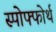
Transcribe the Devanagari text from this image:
स्पोफ्फोर्थ